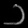
Digit: ၁